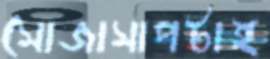
সোজাসাপটাই